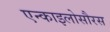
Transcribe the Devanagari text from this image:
एन्काइलोसौरस